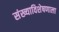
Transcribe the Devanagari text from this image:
संख्याविशेषणाला